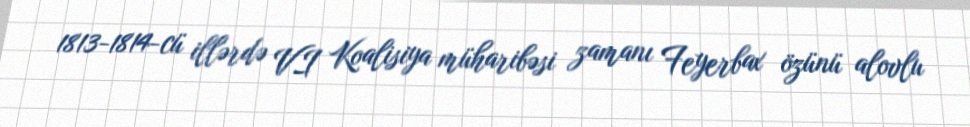
1813-1814-cü illərdə VI Koalisiya müharibəsi zamanı Feyerbax özünü alovlu